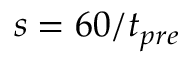
s = 6 0 / t _ { p r e }